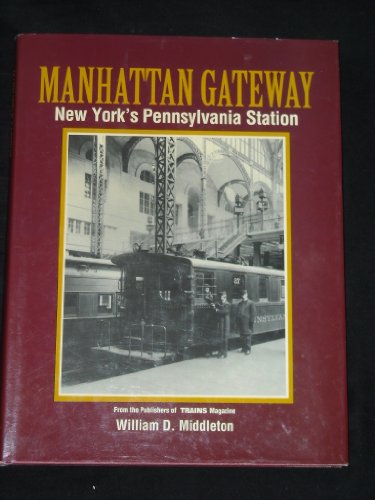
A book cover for Manhattan Gateway: New York's Pennsylvania Station (Golden Years of Railroading); William D. Middleton; Travel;